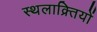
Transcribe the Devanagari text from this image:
स्थलाक्र्तियों